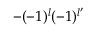
- ( - 1 ) ^ { l } ( - 1 ) ^ { l ^ { \prime } }